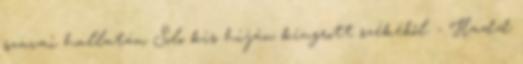
szavai hallatán Solo kis híján kiugrott székéből. - Hadd